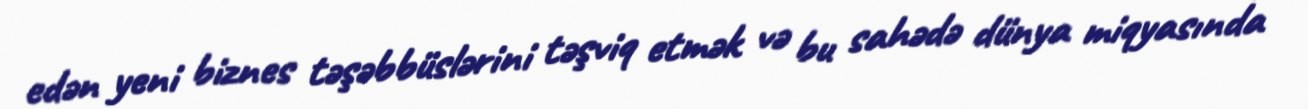
edən yeni biznes təşəbbüslərini təşviq etmək və bu sahədə dünya miqyasında